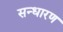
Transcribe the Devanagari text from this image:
सन्‍धारण